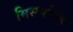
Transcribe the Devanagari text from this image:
मिसप्लेस्ड